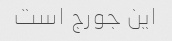
این جورج است